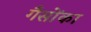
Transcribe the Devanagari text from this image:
गैसोंका